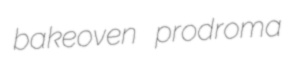
bakeoven prodroma